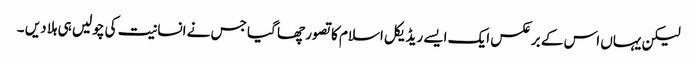
لیکن یہاں اس کے برعکس ایک ایسے ریڈیکل اسلام کا تصور چھا گیا جس نے انسانیت کی چولیں ہی ہلا دیں ۔